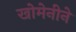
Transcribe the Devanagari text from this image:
खोमेनीने